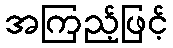
အကြည့်ဖြင့်